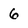
Character: 6